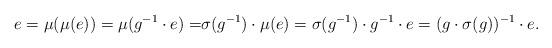
LaTeX: \begin{align*}e=\mu(\mu(e))=\mu(g^{-1}\cdot e)=&\sigma(g^{-1})\cdot\mu(e)=\sigma(g^{-1})\cdot g^{-1}\cdot e=(g\cdot\sigma(g))^{-1}\cdot e.\end{align*}